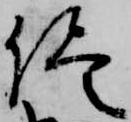
侭